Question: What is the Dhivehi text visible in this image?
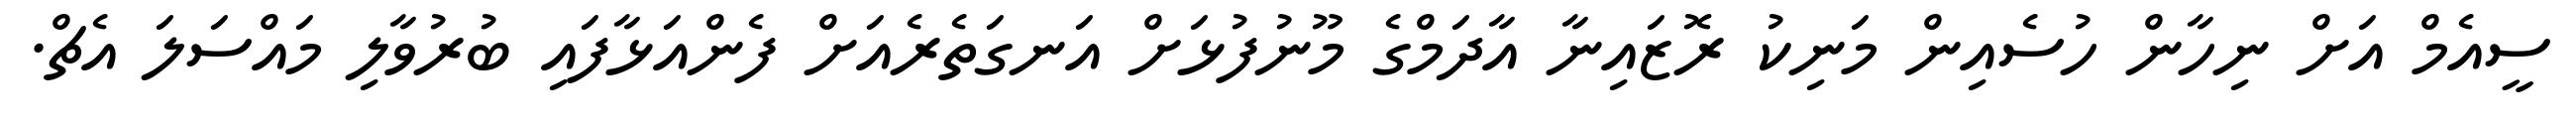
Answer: ސީއެމް އަށް ނިހާން ހުސެއިން މަނިކު ރޮޒައިނާ އާދަމްގެ މޫނުފުޅަށް އަނގަތެރެއަށް ފެންއަޅާފައި ބުރުވާލި މައްސަލަ އެޗް.